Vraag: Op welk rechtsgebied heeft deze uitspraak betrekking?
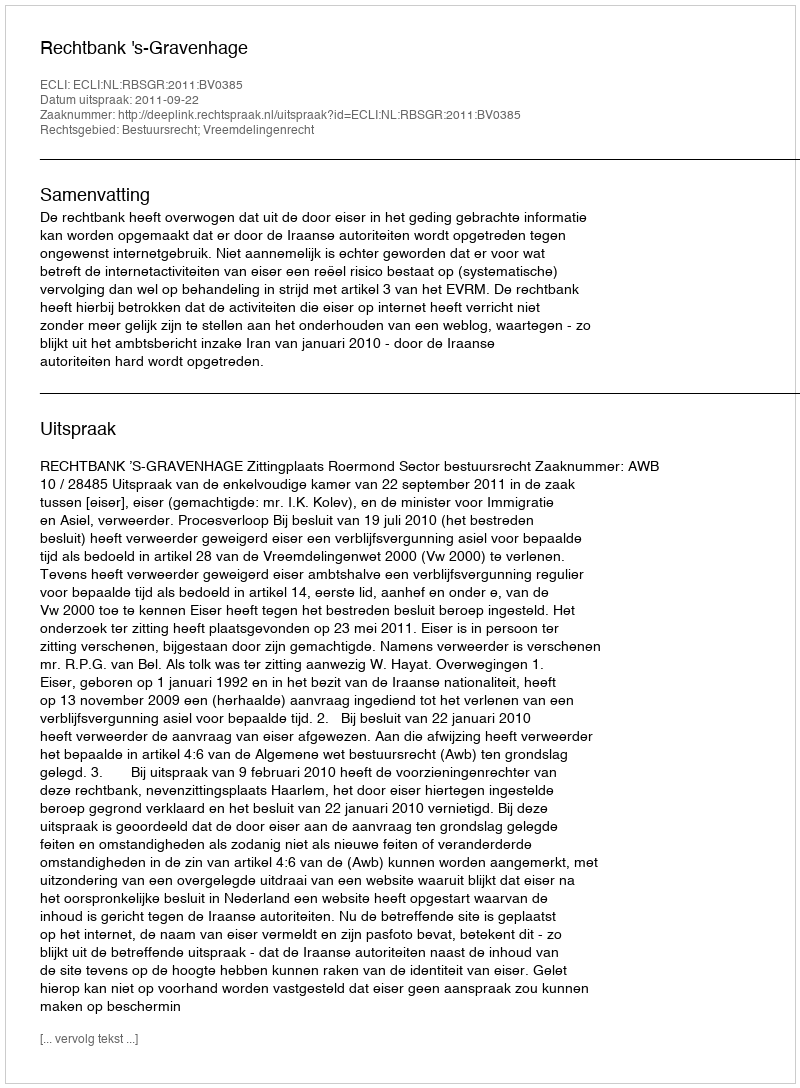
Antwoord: Bestuursrecht; Vreemdelingenrecht